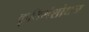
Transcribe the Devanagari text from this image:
कृतिसंशोधन